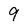
Character: 9